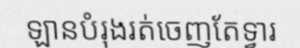
ឡានបំរុងរត់ចេញតែទ្វារ